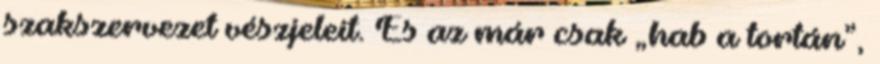
szakszervezet vészjeleit. És az már csak „hab a tortán”,